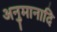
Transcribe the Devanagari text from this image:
अनुमानादि